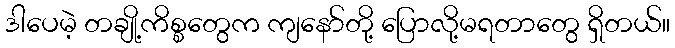
ဒါပေမဲ့ တချို့ကိစ္စတွေက ကျနော်တို့ ပြောလို့မရတာတွေ ရှိတယ်။